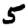
Digit: 5